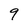
Character: 9